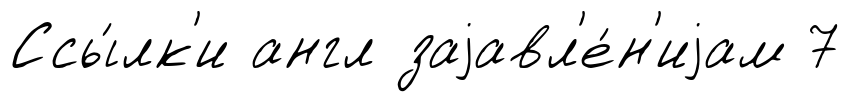
Ссы́лк'и англ заjавл'е́н'иjам 7